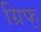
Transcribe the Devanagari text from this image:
ग्रिफ्